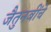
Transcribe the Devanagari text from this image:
जैतुनबींचे